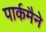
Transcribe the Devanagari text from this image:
पार्कमैने